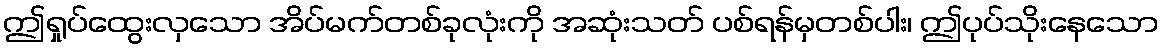
ဤရှုပ်ထွေးလှသော အိပ်မက်တစ်ခုလုံးကို အဆုံးသတ် ပစ်ရန်မှတစ်ပါး၊ ဤပုပ်သိုးနေသော